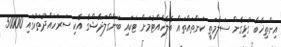
އިންތިޚާބާ ގުޅިގެން ސަލާމަތީ ކަންތައްތައް ބެލެހެއްޓުމަށް ޓަކައި ބަންގްލަދޭޝްގެ އެކި ސަރަހައްދުތަކުގައި 50000